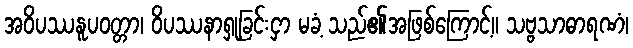
အဝိပဿနူပဝတ္တာ၊ ဝိပဿနာရှုခြင်းငှာ မခံ့ သည်၏အဖြစ်ကြောင့်။ သဗ္ဗသာဓာရဏံ၊